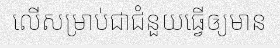
លើសម្រាប់ជាជំនួយធ្វើឲ្យមាន